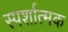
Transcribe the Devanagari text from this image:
स्पर्शात्मक